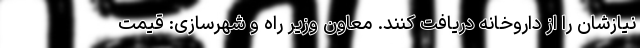
نیازشان را از داروخانه دریافت کنند. معاون وزیر راه و شهرسازی: قیمت